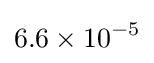
6.6\times 10^{-5}